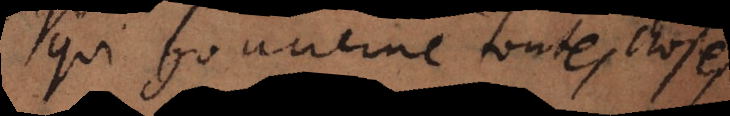
qui gouverne toutes choses,